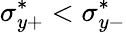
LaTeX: \sigma_{y+}^{*}<\sigma_{y-}^{*}